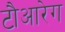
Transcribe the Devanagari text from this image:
टौआरेग